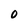
Character: 0